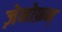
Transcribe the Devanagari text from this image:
ज़ेनोफ़न्